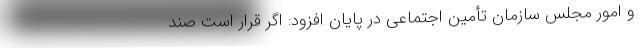
و امور مجلس سازمان تأمین اجتماعی در پایان افزود: اگر قرار است صند